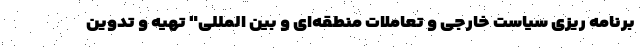
برنامه ریزی سیاست خارجی و تعاملات منطقه‌ای و بین المللی" تهیه و تدوین